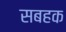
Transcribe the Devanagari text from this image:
सबहक